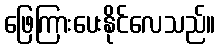
ဖြေကြားပေးနိုင်လေသည်။